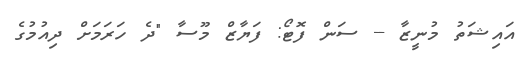
އައިޝަތު މުނީޒާ -- ސަން ފޮޓޯ: ފަޔާޒް މޫސާ "ދެ ހަރަމަށް ދިއުމުގެ